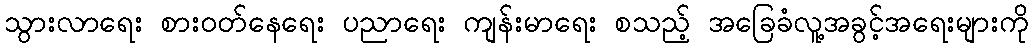
သွားလာရေး စားဝတ်နေရေး ပညာရေး ကျန်းမာရေး စသည့် အခြေခံလူ့အခွင့်အရေးများကို